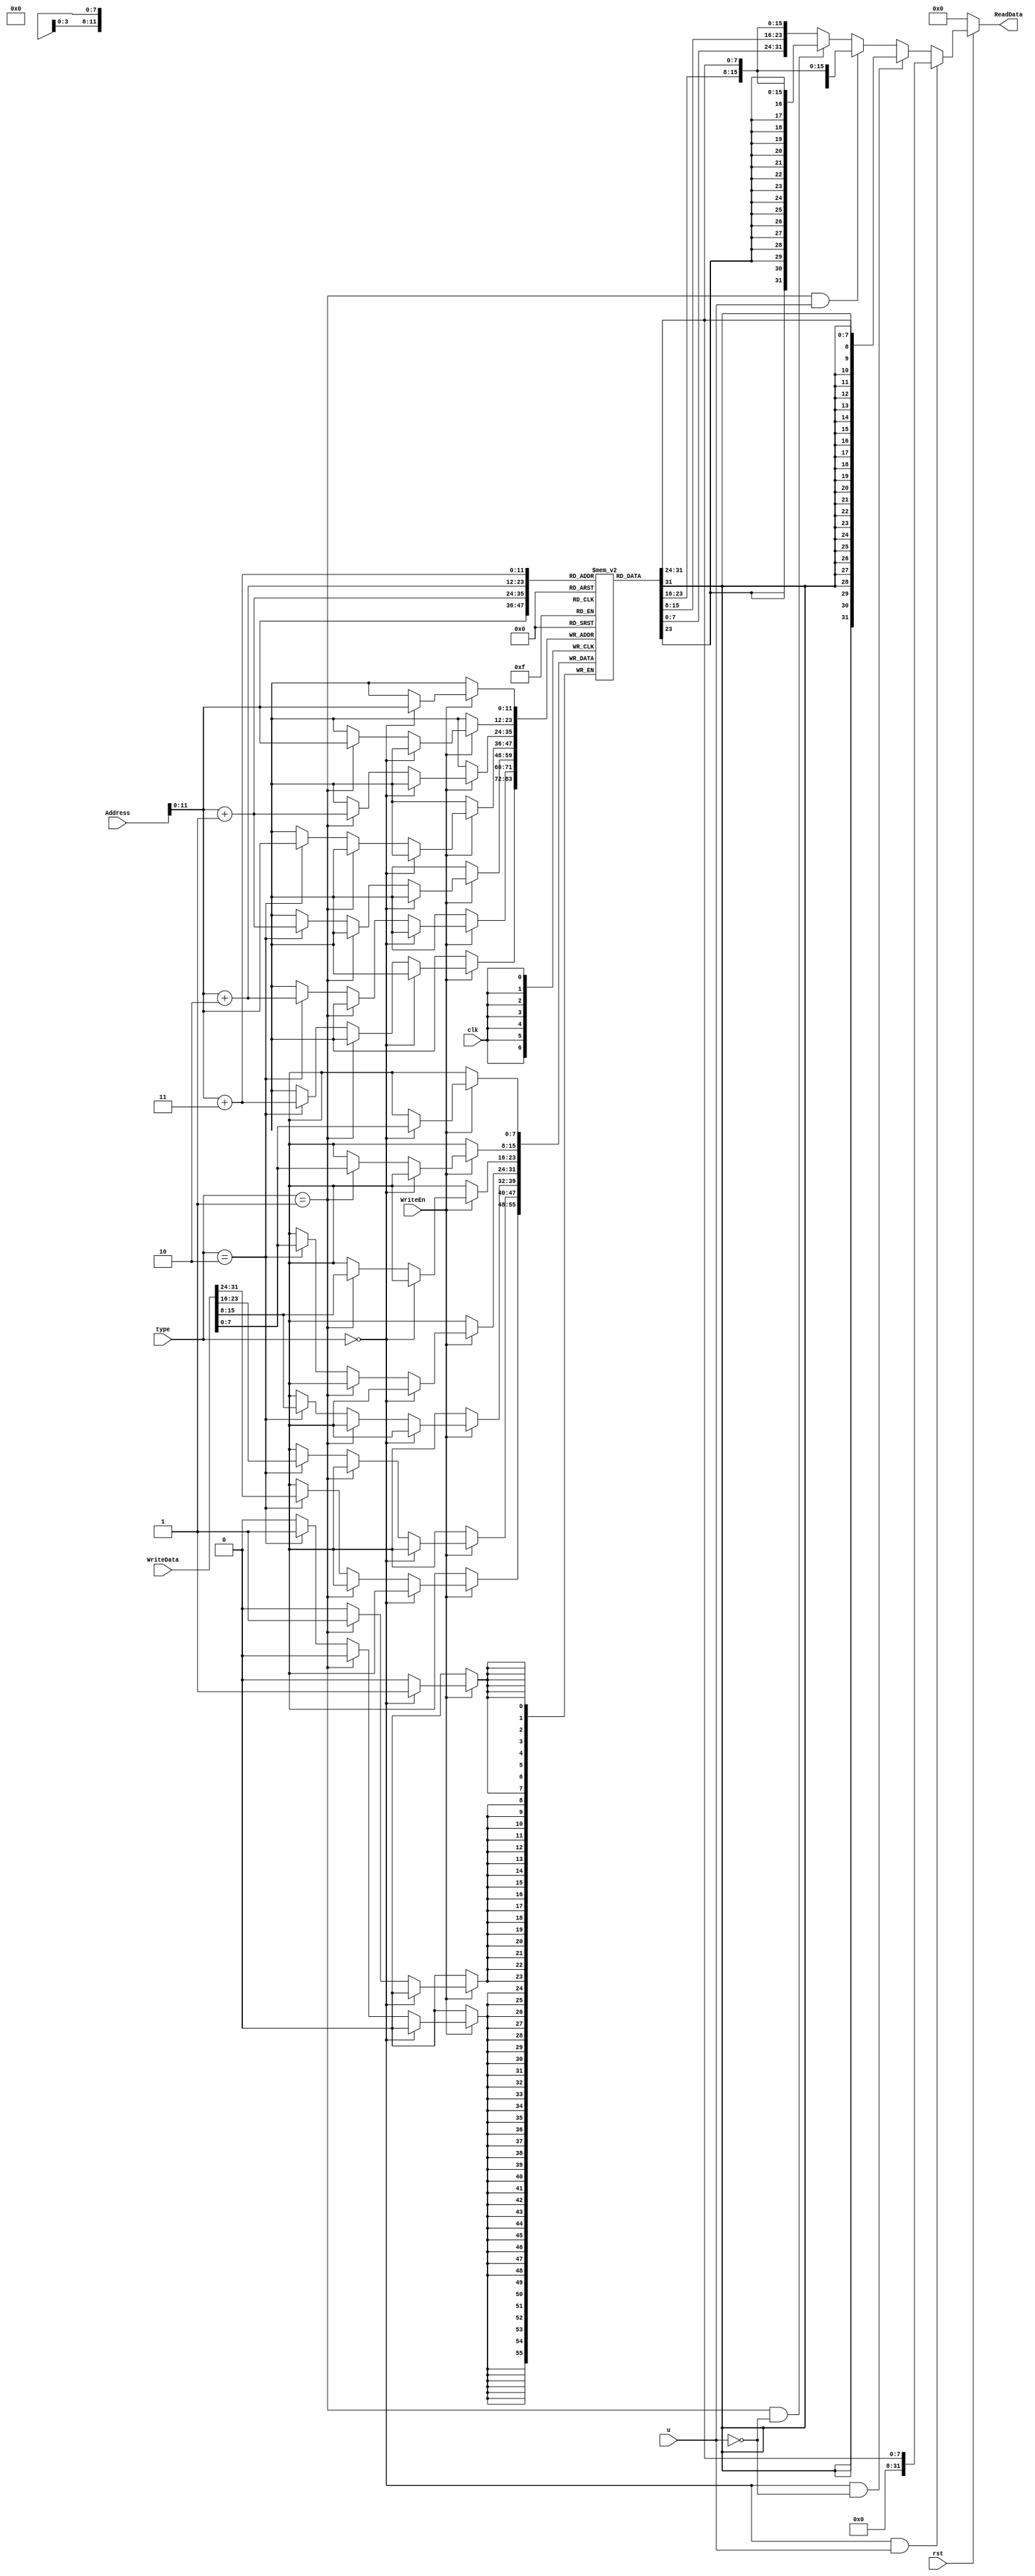
`timescale 1ns / 1ps
//////////////////////////////////////////////////////////////////////////////////
// Company: 
// Engineer: 
// 
// Design Name: 
// Module Name: data_memory
// Project Name: 
// Target Devices: 
// Tool Versions: 
// Description: 
// 
// Dependencies: 
// 
// Revision:
// Revision 0.01 - File Created
// Additional Comments:
// 
//////////////////////////////////////////////////////////////////////////////////


module data_memory(
    input clk , 
    input rst,
    input [31:0] Address ,
    input [31:0] WriteData , 
    input WriteEn,
    input [1:0] type,
    input u,
    output [31:0] ReadData 
    );
    reg [7:0] RAM [0:1023*4];
    integer i ;
    parameter byte_type = 2'b00, half_word_type = 2'b01, word_type = 2'b10; 
    initial begin 
        for(i = 0 ; i < 1024*4 ; i = i + 1 ) begin 
            RAM[i] = 32'b0 ; 
        end 
    end 

    always @ (posedge clk)
    begin
        if(WriteEn)
            if(type == byte_type) begin 
                RAM[Address] <= WriteData;
            end 
            else if(type == half_word_type) begin
                RAM[Address] <= WriteData[7:0];
                RAM[Address+1] <= WriteData[15:8];               
            end 
            else if(type == word_type) begin
                RAM[Address] <= WriteData[7:0];
                RAM[Address+1] <= WriteData[15:8];
                RAM[Address+2] <= WriteData[23:16];
                RAM[Address+3] <= WriteData[31:24];
            end 
    end
    assign ReadData = (!rst)? 32'd0:
                      (type == byte_type & u)? {24'b0,RAM[Address]} :
                      (type == byte_type & !u)? {{24{RAM[Address][7]}},RAM[Address]}:
                      (type == half_word_type & u)? {16'b0,RAM[Address+1],RAM[Address]} :
                      (type == half_word_type & !u)? {{16{RAM[Address+1][7]}},RAM[Address+1],RAM[Address]}:
                      {RAM[Address+3],RAM[Address+2],RAM[Address+1],RAM[Address]} ; 
                      

endmodule